Leaving Certificate Examination (including Day School Certificate (Higher) General paper), 1936
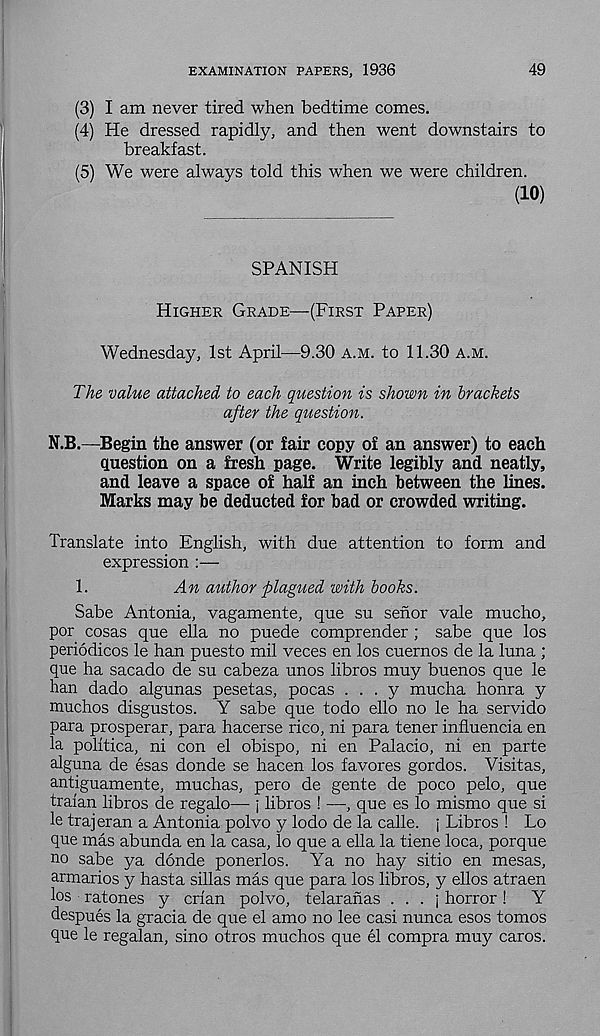
EXAMINATION PAPERS, 1936
49
(3) I am never tired when bedtime comes.
(4) He dressed rapidly, and then went downstairs to
breakfast.
(5) We were always told this when we were children.
(10)
SPANISH
Higher Grade—(First Paper)
Wednesday, 1st April—9.30 a.m. to 11.30 a.m.
The value attached to each question is shown in brackets
after the question.
N.B.—Begin the answer (or fair copy of an answer) to each
question on a fresh page. Write legibly and neatly,
and leave a space of half an inch between the lines.
Marks may be deducted for bad or crowded writing.
Translate into English, with due attention to form and
expression :—
1.
An author plagued with books.
Sabe Antonia, vagamente, que su senor vale mucho,
por cosas que ella no puede comprender ; sabe que los
periodicos le han puesto mil veces en los cuernos de la luna ;
que ha sacado de su cabeza unos libros muy buenos que le
han dado algunas pesetas, pocas . . . y mucha honra y
muchos disgustos. Y sabe que todo ello no le ha servido
para prosperar, para hacerse rico, ni para tener influencia en
la politica, ni con el obispo, ni en Palacio, ni en parte
alguna de esas donde se hacen los favores gordos. Visitas,
antiguamente, muchas, pero de gente de poco pelo, que
traian libros de regalo— j libros ! —, que es lo mismo que si
le trajeran a Antonia polvo y lodo de la calle. j Libros ! Lo
que mas abunda en la casa, lo que a ella la tiene loca, porque
no sabe ya donde ponerlos. Ya no hay sitio en mesas,
armarios y hasta sillas mas que para los libros, y ellos atraen
los ratones y crian polvo, telaranas . . . j horror!
Y
despues la gracia de que el amo no lee casi nunca esos tomos
que le regalan, sino otros muchos que el compra muy caros.